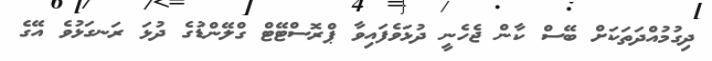
ދިގުމުއްދަތަކަށް ބޭސް ކާން ޖެހެނީ ދުޅަވެފައިވާ ޕްރޮސްޓޭޓް ގްލޭންޑުގެ ދުޅަ ރަނގަޅުވެ އޭގެ